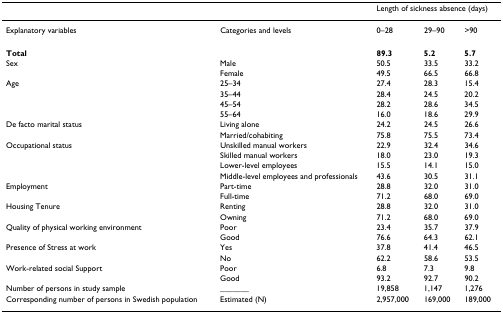
<table><thead><tr><td></td><td></td><td colspan="3"><b>Length of sickness absence (days)</b></td></tr></thead><tbody><tr><td>Explanatory variables</td><td>Categories and levels</td><td>0–28</td><td>29–90</td><td>&gt;90</td></tr><tr><td><b>Total</b></td><td></td><td><b>89.3</b></td><td><b>5.2</b></td><td><b>5.7</b></td></tr><tr><td>Sex</td><td>Male</td><td>50.5</td><td>33.5</td><td>33.2</td></tr><tr><td></td><td>Female</td><td>49.5</td><td>66.5</td><td>66.8</td></tr><tr><td>Age</td><td>25–34</td><td>27.4</td><td>28.3</td><td>15.4</td></tr><tr><td></td><td>35–44</td><td>28.4</td><td>24.5</td><td>20.2</td></tr><tr><td></td><td>45–54</td><td>28.2</td><td>28.6</td><td>34.5</td></tr><tr><td></td><td>55–64</td><td>16.0</td><td>18.6</td><td>29.9</td></tr><tr><td>De facto marital status</td><td>Living alone</td><td>24.2</td><td>24.5</td><td>26.6</td></tr><tr><td></td><td>Married/cohabiting</td><td>75.8</td><td>75.5</td><td>73.4</td></tr><tr><td>Occupational status</td><td>Unskilled manual workers</td><td>22.9</td><td>32.4</td><td>34.6</td></tr><tr><td></td><td>Skilled manual workers</td><td>18.0</td><td>23.0</td><td>19.3</td></tr><tr><td></td><td>Lower-level employees</td><td>15.5</td><td>14.1</td><td>15.0</td></tr><tr><td></td><td>Middle-level employees and professionals</td><td>43.6</td><td>30.5</td><td>31.1</td></tr><tr><td>Employment</td><td>Part-time</td><td>28.8</td><td>32.0</td><td>31.0</td></tr><tr><td></td><td>Full-time</td><td>71.2</td><td>68.0</td><td>69.0</td></tr><tr><td>Housing Tenure</td><td>Renting</td><td>28.8</td><td>32.0</td><td>31.0</td></tr><tr><td></td><td>Owning</td><td>71.2</td><td>68.0</td><td>69.0</td></tr><tr><td>Quality of physical working environment</td><td>Poor</td><td>23.4</td><td>35.7</td><td>37.9</td></tr><tr><td></td><td>Good</td><td>76.6</td><td>64.3</td><td>62.1</td></tr><tr><td>Presence of Stress at work</td><td>Yes</td><td>37.8</td><td>41.4</td><td>46.5</td></tr><tr><td></td><td>No</td><td>62.2</td><td>58.6</td><td>53.5</td></tr><tr><td>Work-related social Support</td><td>Poor</td><td>6.8</td><td>7.3</td><td>9.8</td></tr><tr><td></td><td>Good</td><td>93.2</td><td>92.7</td><td>90.2</td></tr><tr><td>Number of persons in study sample</td><td>_______</td><td>19,858</td><td>1,147</td><td>1,276</td></tr><tr><td>Corresponding number of persons in Swedish population</td><td>Estimated (N)</td><td>2,957,000</td><td>169,000</td><td>189,000</td></tr></tbody></table>